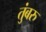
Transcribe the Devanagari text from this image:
तुंबरु